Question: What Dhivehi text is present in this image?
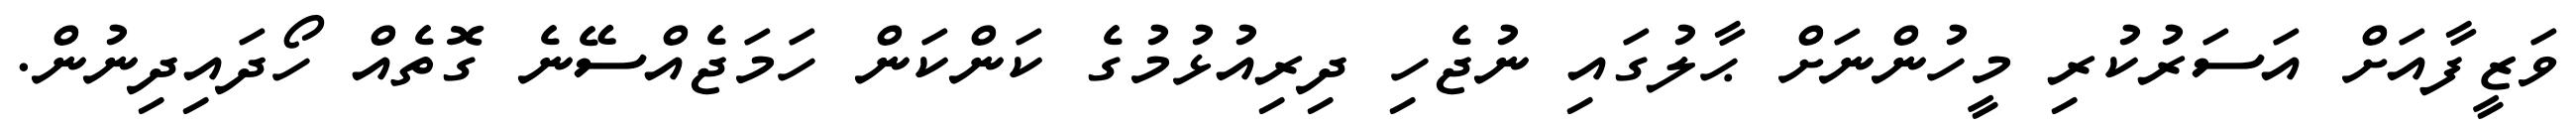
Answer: ވަޒީފާއަށް އަސަރުކުރި މީހުންނަށް ޙާލުގައި ނުޖެހި ދިރިއުޅުމުގެ ކަންކަން ހަމަޖެއްސޭނެ ގޮތެއް ހޯދައިދިނުން.